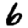
Digit: 6